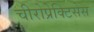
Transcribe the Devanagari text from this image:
चीरोप्रेक्टिसेस